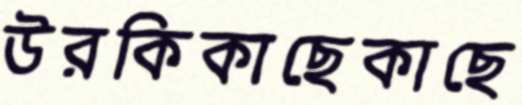
উরকিকাছেকাছে